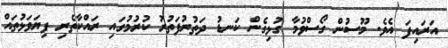
އަރައިފަ އެވެ. މޫސުން ގޯސްވުމާ ގުޅިގެން ކަނޑު ދަތުރުފަތުރު ކުރުމުގައި ރައްކާތެރި ފިޔަވަޅުތައް